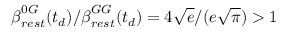
\boldsymbol { \beta } _ { r e s t } ^ { 0 G } ( t _ { d } ) / \boldsymbol { \beta } _ { r e s t } ^ { G G } ( t _ { d } ) = 4 \sqrt { e } / ( e \sqrt { \pi } ) > 1